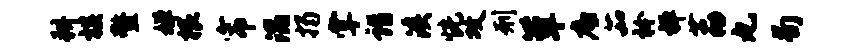
耕棋鳌婵根帘混揭掌诣溪恍攻刑簟底茹衿禅荔丸荀